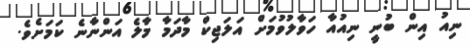
ނިއު އިން ބުނީ ނިއުއާ ހަވާލުވުމަށް އަލަޖިކް މާދަމާ މާލެ އަންނާނެ ކަމަށެވެ.